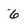
Character: 6